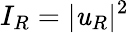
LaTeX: I_{R}=|\mathit{u}_{R}|^{2}